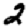
Digit: 2